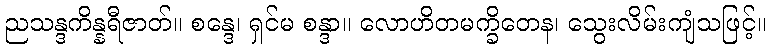
ညသန္ဒကိန္နရီဇာတ်။ စန္ဒေ၊ ရှင်မ စန္ဒာ။ လောဟိတမက္ခိတေန၊ သွေးလိမ်းကျံသဖြင့်။